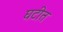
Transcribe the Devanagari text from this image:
घटीत